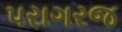
પરાગરજ